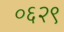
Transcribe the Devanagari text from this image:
०६२९